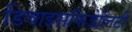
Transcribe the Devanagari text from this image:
डिवाइसफिडेलिटी